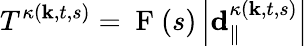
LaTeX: T^{\kappa(\textbf{k},t,s)}=\mathrm{~F~}(s)\left|\mathbf{d}_{\| }^{\kappa(\textbf{k},t,s)}\right|